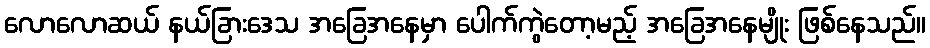
လောလောဆယ် နယ်ခြားဒေသ အခြေအနေမှာ ပေါက်ကွဲတော့မည့် အခြေအနေမျိုး ဖြစ်နေသည်။